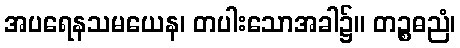
အပရေနသမယေန၊ တပါးသောအခါ၌။ တဉ္စဓညံ၊